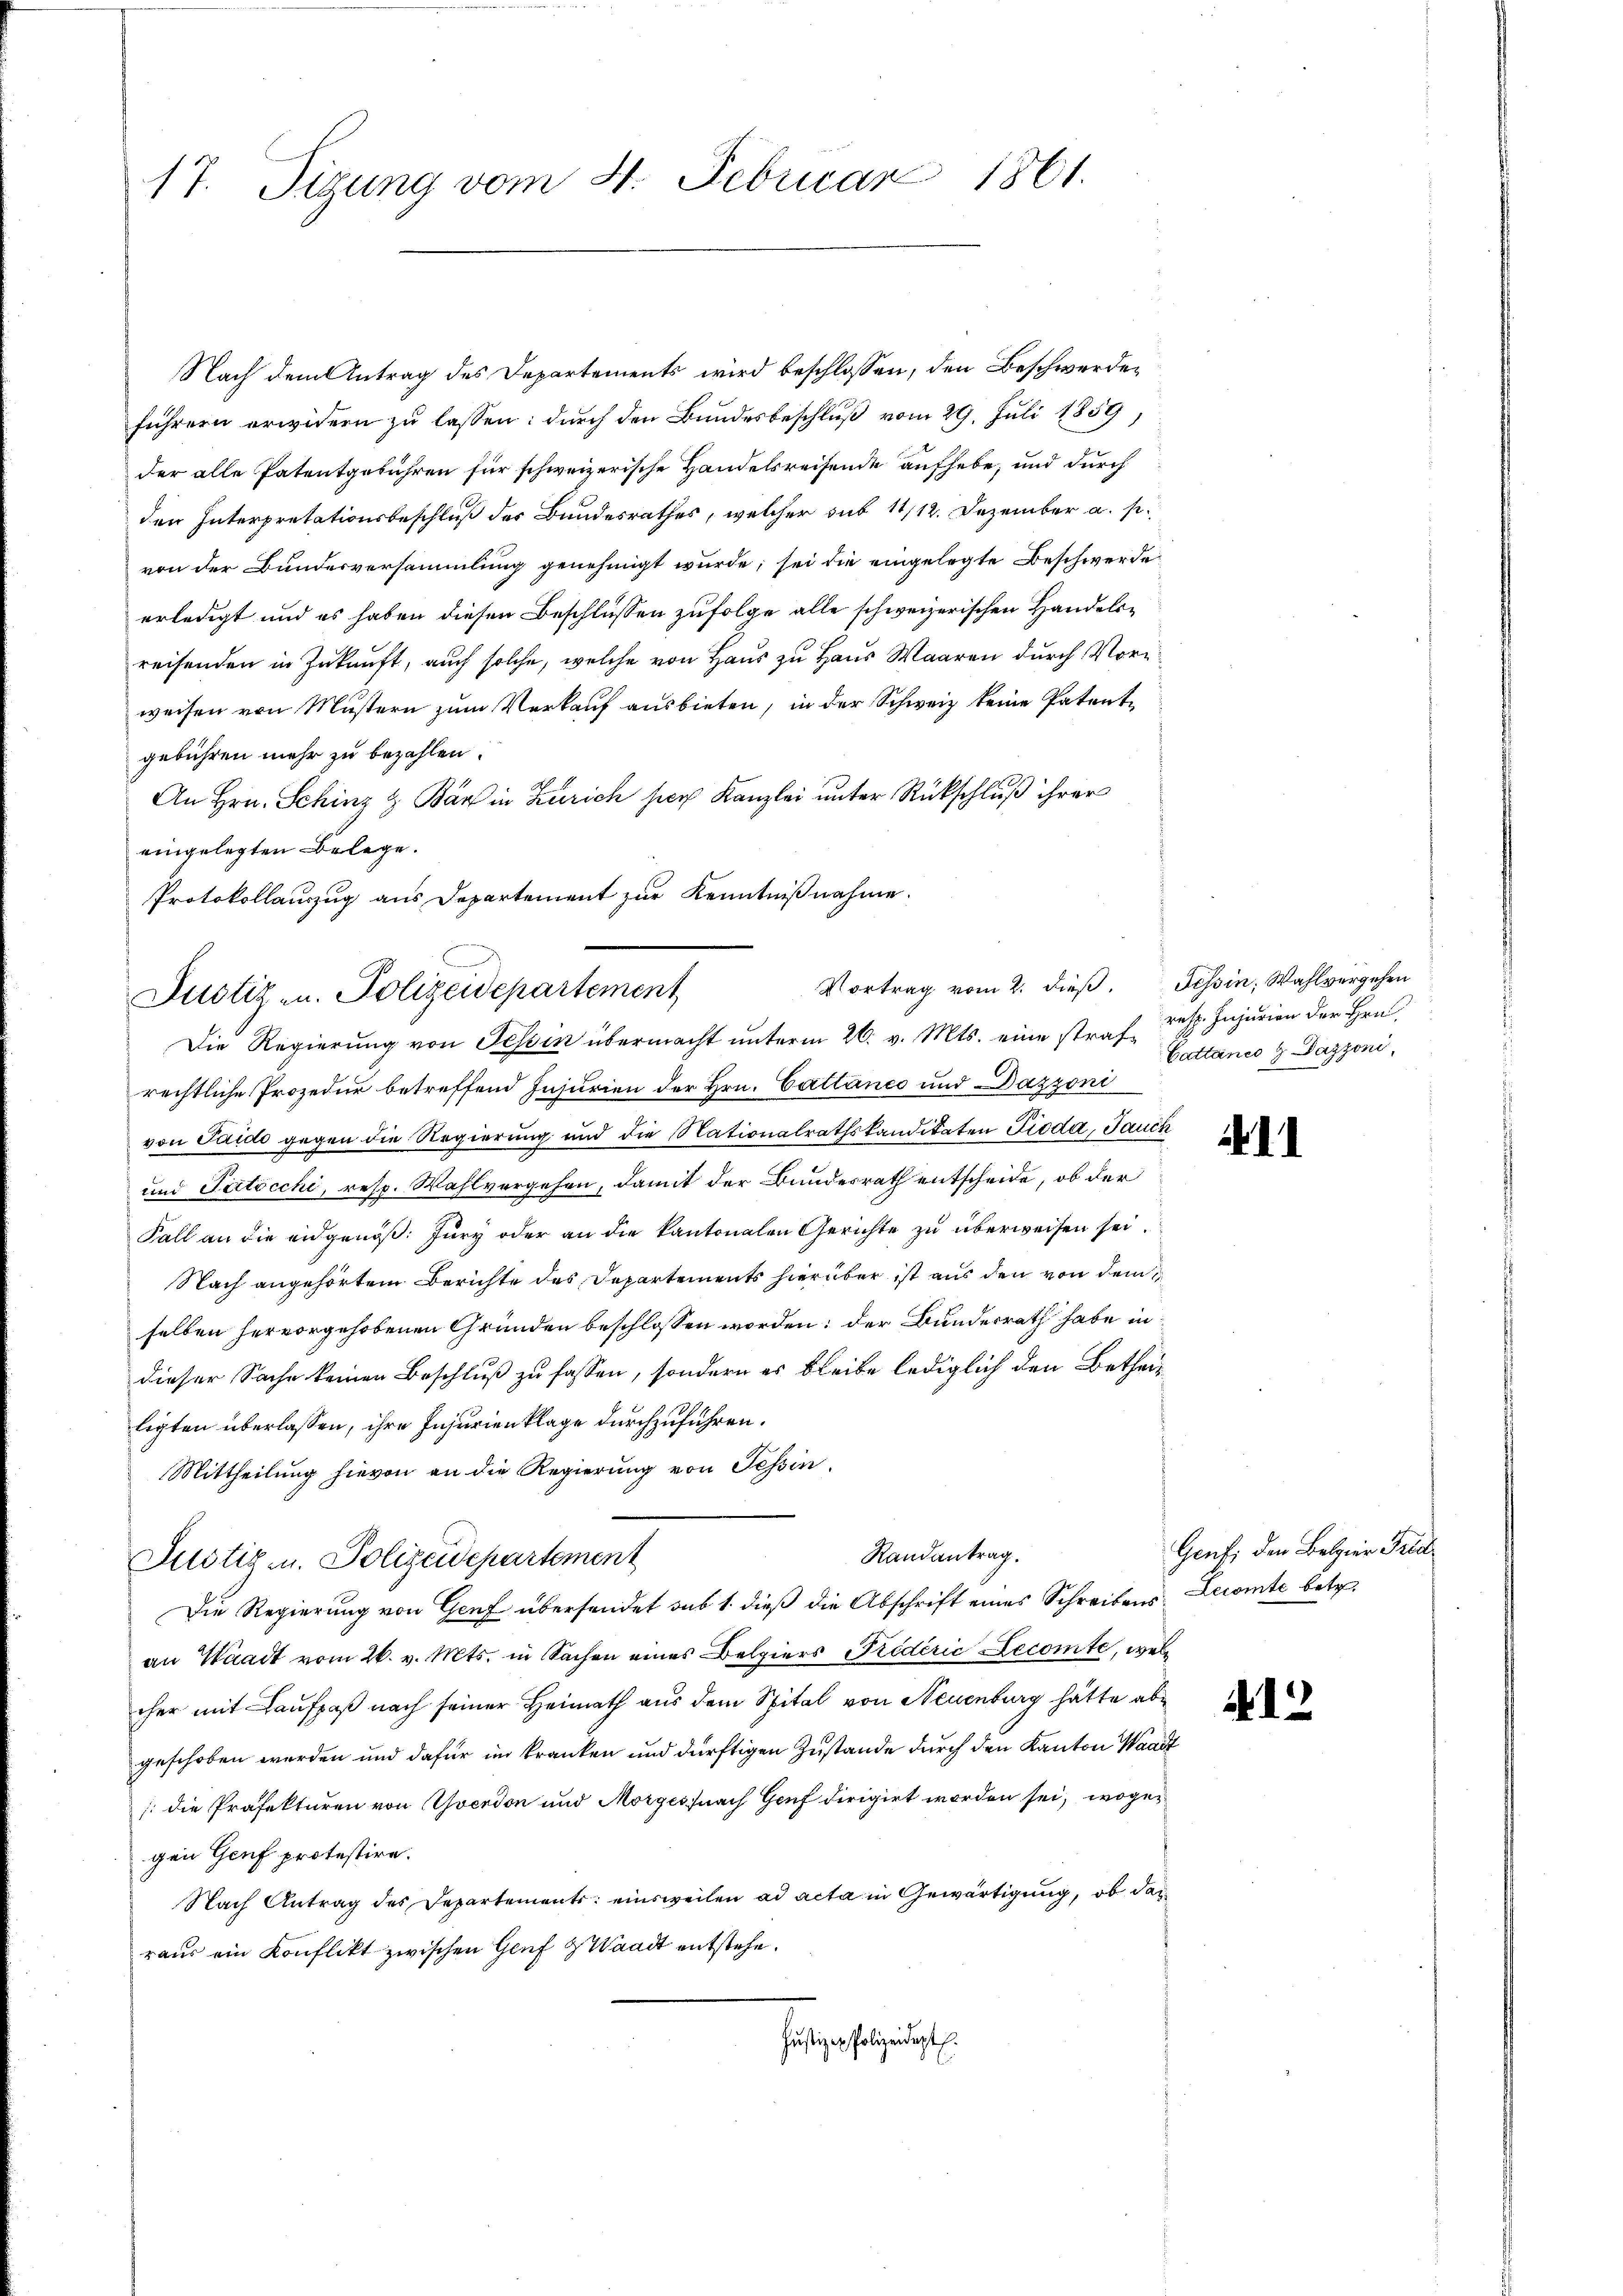
17. Sizung vom 4. Februar 1861.

Nach dem Antrag des Departements wird beschlossen, den Beschwerdeführern erwidern zu lassen: durch den Bundesbeschluß vom 29. Juli 1859,
der alle Patentgebühren für schweizerische Handelsreisende aufhebe, und durch
den Interpretationsbeschluß des Bundesrathes, welcher sub 11/12. Dezember a. p.
von der Bundesversammlung genehmigt wurde, sei die eingelegte Beschwerde
erledigt und es haben diesen Beschlüssen zufolge alle schweizerischen Handelsreisenden in Zukunft, auch solche, welche von Haus zu Haus Waaren durch Vorweisen von Mustern zum Verkauf ausbieten, in der Schweiz keine Patente
gebühren mehr zu bezahlen.
An Hrn. Schinz & Bär in Zürich hier Kanzlei unter Rückschluß ihrer
eingelegten Belege.
Protokollauszug aus Departement zur Kenntnißnahme.
rechtliche Prozedur betreffend Injurien der Hrn. Cattanco und Dazzoni
von Saido gegen die Regierung und die Nationalrathskandikaten Pioda, Jauch
und Patocchi, resp. Wahlvergehen, damit der Bundesrath entscheide, ob der
Fall an die eidgenöß: Jury oder an die kantonalen Gerichte zu überweisen sei.
Nach angehörtem Berichte des Departements hierüber ist aus den von dem
selben hervorgehobenen Gründen beschlossen worden; der Bundesrath habe in
dieser Sache keinen Beschluß zu fassen, sondern es bleibe lediglich den Betheiligten überlassen, ihre Injurienklage durchzuführen.
Mittheilung hievon an die Regierung von Tessin.
Randantrag.
Justiz- u. Polizeidepartement
Die Regierung von Genf übersendet sub 1. dieß die Abschrift eines Schreibens Lecomte betr.
an Waadt vom 26. v. Mts. in Sachen eines Belgiers Friderić Lecomte, welcher mit Laufpaß nach seiner Heimath aus dem Spital von Neuenburg hätte abe
geschoben werden und dafür im kranken und dürftigen Zustande durch den Kanton Waadt
(die Präfekturen von Yverdon und Morgessnach Genf dirigirt worden sei, wogegen Genf protestire.
Nach Antrag des Departements: einsweilen ad acta in Gewärtigung, ob das
raus ein Konflikt zwischen Genf & Waadt entstehe.
hiesiger Polizeidigt.

Justiz- u. Polizeidepartement
Die Regierung von Tessin übermacht unterm 26. v. Mts. eine straf, resp. Injurien der Hrn.

Vortrag vom 2. dieß,

Tessin, Wahlvergehen
Cattanco 9 Dazzoni,

1

Genf, den Belgier Fried